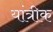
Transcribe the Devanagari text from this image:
यांत्रीक